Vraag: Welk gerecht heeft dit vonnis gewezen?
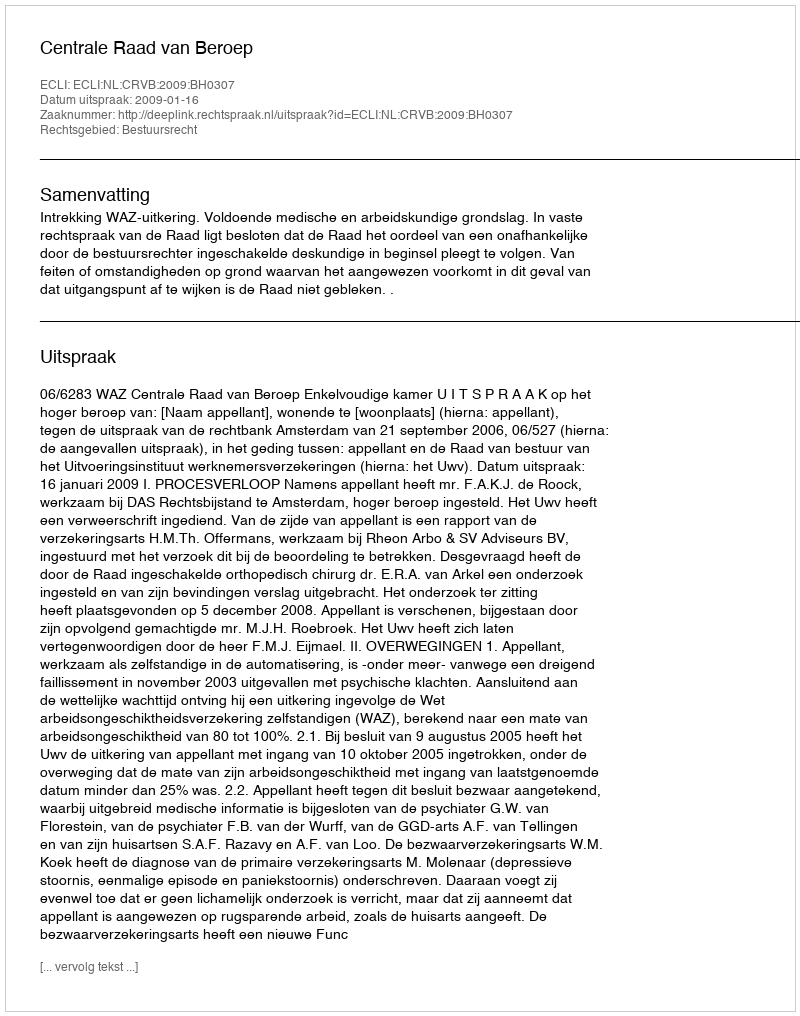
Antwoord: Centrale Raad van Beroep